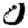
Digit: 0